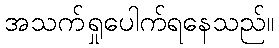
အသက်ရှုပေါက်ရနေသည်။